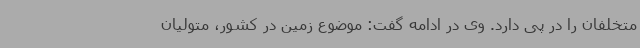
متخلفان را در پی دارد. وی در ادامه گفت: موضوع زمین در کشور، متولیان